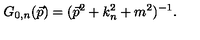
G _ { 0 , n } ( \vec { p } ) = ( \vec { p } ^ { 2 } + k _ { n } ^ { 2 } + m ^ { 2 } ) ^ { - 1 } .